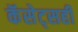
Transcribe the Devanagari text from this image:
कॅसेट्सही